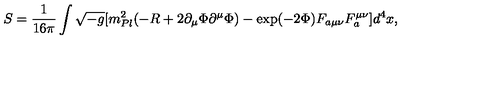
S = \frac { 1 } { 1 6 \pi } \int \sqrt { - g } [ m _ { P l } ^ { 2 } ( - R + 2 \partial _ { \mu } \Phi \partial ^ { \mu } \Phi ) - \exp ( - 2 \Phi ) F _ { a \mu \nu } F _ { a } ^ { \mu \nu } ] d ^ { 4 } x ,